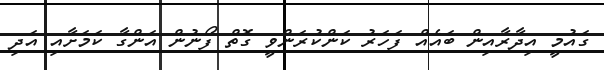
ގައުމީ އިދާރާއިން ބައެއް ފަހަރު ކަންކުރަންވީ ގޮތް ފޯނުން އަންގާ ކަމަށާއި އަދި